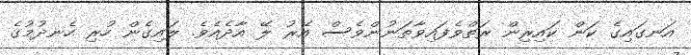
އަނގައިގެ ކަން ކައިރިން ރަތްވެފައިވާތަނުންވެސް އޭރު ލޭ އާދެއެވެ. ލައިގެން ހުރި ހެނދުމުގެ